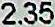
2.35